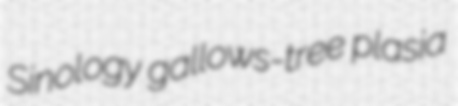
Sinology gallows-tree plasia